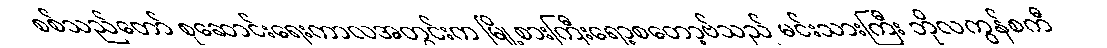
စစ်သည်တော် စုဆောင်းရေးကာလအတွင်းက မြို့စားကြီးရော့စတော့ဗ်သည် မင်းသားကြီး ဘိုလကွန်စကီ